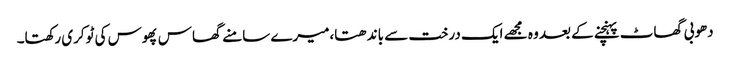
دھوبی گھاٹ پہنچنے کے بعد وہ مجھے ایک درخت سے باندھتا،میرے سامنے گھاس پھوس کی ٹوکری رکھتا۔